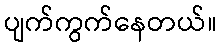
ပျက်ကွက်နေတယ်။